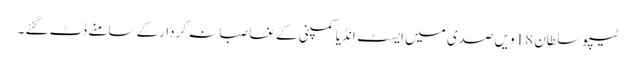
ٹیپو سلطان 18ویں صدی میں ایسٹ انڈیا کمپنی کے غاصبانہ کردارکے سامنے ڈٹ گئے ۔